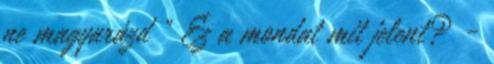
ne magyarázd " Ez a mondat mit jelent? -